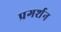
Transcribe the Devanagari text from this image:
प्रगर्शन